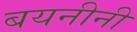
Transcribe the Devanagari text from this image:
बयनीनी